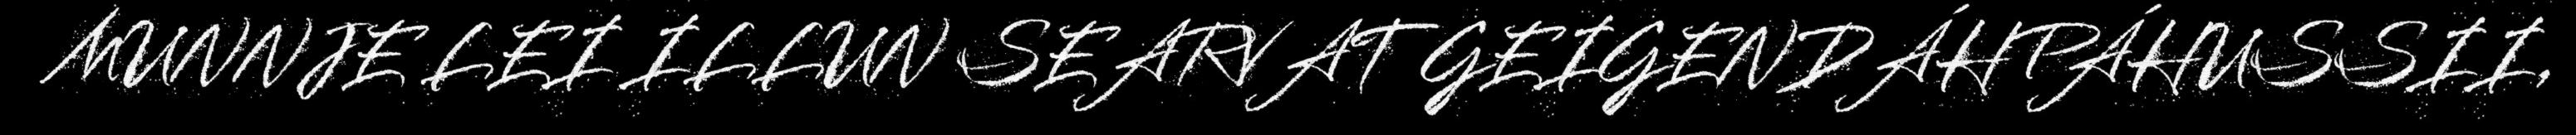
MUNNJE LEI ILLUN SEARVAT GEIGENDÁHPÁHUSSII,